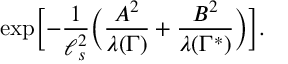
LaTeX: \exp \Bigl [ - { \frac { 1 } { \ell _ { s } ^ { 2 } } } \Bigl ( { \frac { A ^ { 2 } } { \lambda ( \Gamma ) } } + { \frac { B ^ { 2 } } { \lambda ( \Gamma ^ { * } ) } } \Bigr ) \Bigr ] .